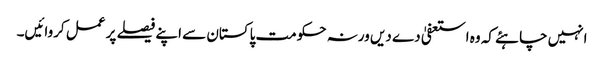
انہیں چاہئے کہ وہ استعفیٰ دے دیں ورنہ حکومت پاکستان سے اپنے فیصلے پر عمل کروائیں۔